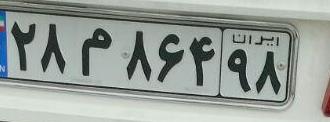
۲۸م۸۶۴۹۸